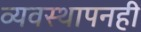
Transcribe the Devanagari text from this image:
व्यवस्थापनही